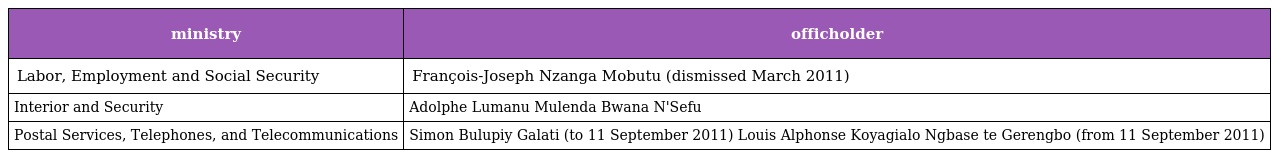
| ministry | officholder |
 | --- | --- |
 | Labor, Employment and Social Security | François-Joseph Nzanga Mobutu (dismissed March 2011) |
 | Interior and Security | Adolphe Lumanu Mulenda Bwana N'Sefu |
 | Postal Services, Telephones, and Telecommunications | Simon Bulupiy Galati (to 11 September 2011) Louis Alphonse Koyagialo Ngbase te Gerengbo (from 11 September 2011) |